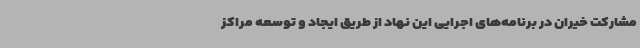
مشارکت خیران در برنامه‌های اجرایی این نهاد از طریق ایجاد و توسعه مراکز